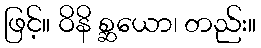
ဖြင့်။ ဝိနိ စ္ဆယော၊ တည်း။